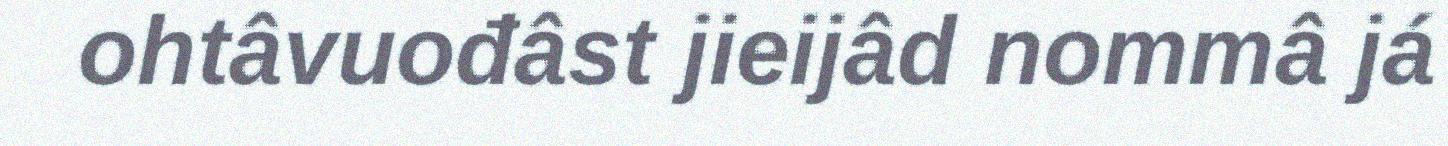
ohtâvuođâst jieijâd nommâ já